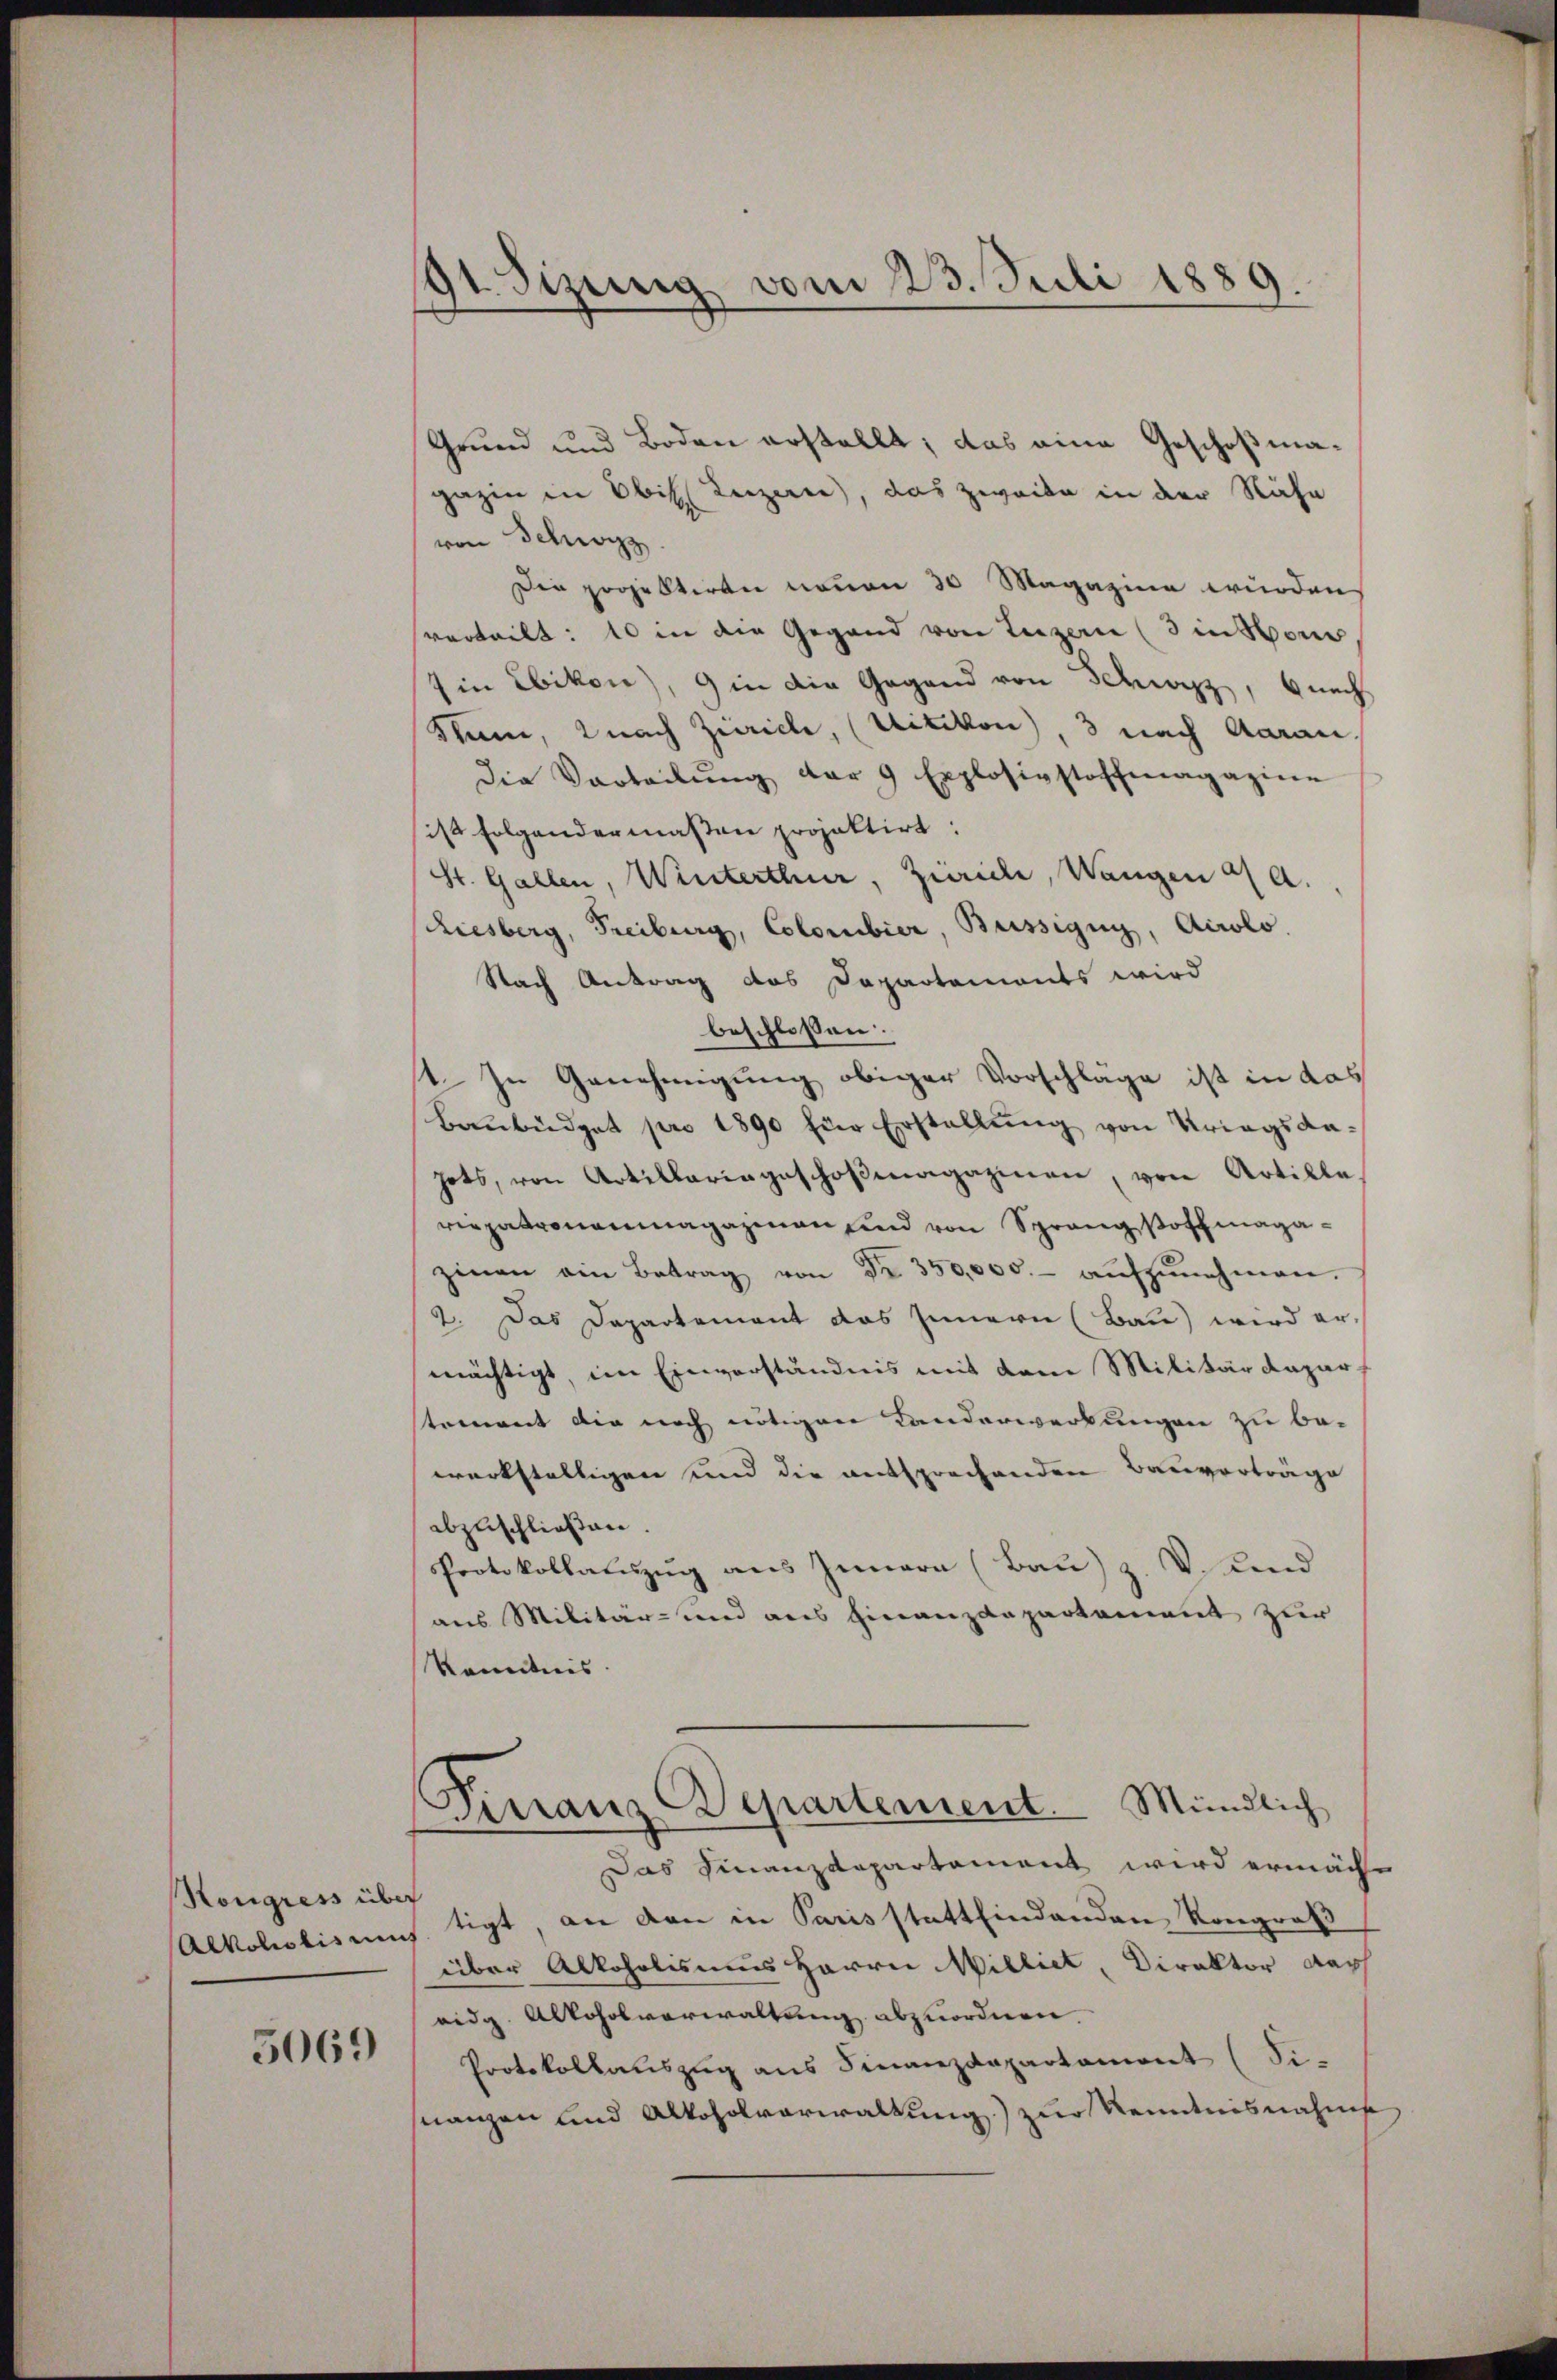
Kongress über
Alkoholis um

5069

191. Sizung vom 23. Juli 1889.

Grund und Boden erstellt; das eine Geschoßmagazin in bis Luzern, das zweite in der Nähe
von Schwyz
Die projektiren neuen 30 Magazine würden
verteilt: 10 in die Gegend von Luzern (din von
Ein Ebikon), 9 in die Gegend von Schwyz, nach
Sum, 2 nach Zürich, (Uitikon), 3 nach Aarau
die Vorteilŭng der 9 Explosivstoffmagazine
ist folgendermaßen projektirt:
St. Gallen, Winterthur, Zürich, Wangen u a.
Riesberg, Freiburg, Colombier, Büssigug, Airolo.
Nach Antrag das Dapartements wird
beschlossen:
1. In Genehmigung obiger Vorschläge ist in das
Baŭbüdget pro 1890 für Erstellung von Kriegsdahots, von Artillariageschoβmagazinen, von Artille.
riepatronenmagazinen und von Sprangsoffmagazinen ein Betrag von Fr. 350,000.- aŭfzŭnehmen.
2. Das Departement das Innern (Bau) wird ermächtigt, im Einverständnis mit dem Militärdeparstement die noch nötigen Landerwerbungen zu bewerkstelligen und die entsprechenden Bauverträge
abzuschließen.
Protokollatuszug aus Innern (Bau) z. V. Kind
aus Militär- und aus Finanzdepartement zur
Kenntnis
Finanz-Departement. Mündlich
Das Finanzdepartement wird ermächt
tigt, an den in Paris stattfindenden Kongroß
über Alkoholismus Herrn Milliet, Direktor dach
eidg. Alkoholverwaltung abzuordnen.
Protokollauszug aus Finanzdepartament (Si-
nanzen und Alkoholverwaltung) zur Kenntnisnahme